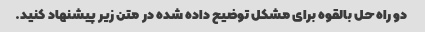
دو راه حل بالقوه برای مشکل توضیح داده شده در متن زیر پیشنهاد کنید.